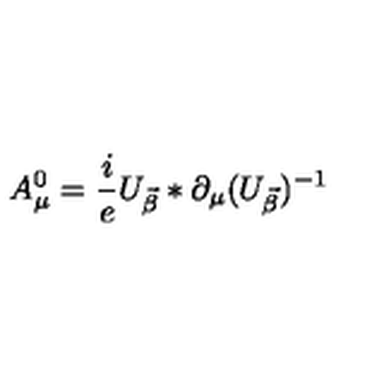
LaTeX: A _ { \mu } ^ { 0 } = \frac { i } { e } U _ { \vec { \beta } } * \partial _ { \mu } ( U _ { \vec { \beta } } ) ^ { - 1 }